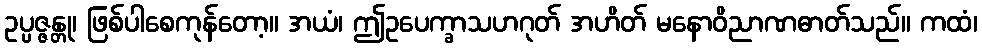
ဥပ္ပဇ္ဇန္တု၊ ဖြစ်ပါစေကုန်တော့။ အယံ၊ ဤဥပေက္ခာသဟဂုတ် အဟိတ် မနောဝိညာဏဓာတ်သည်။ ကထံ၊